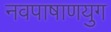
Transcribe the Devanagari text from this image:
नवपाषाणयुग